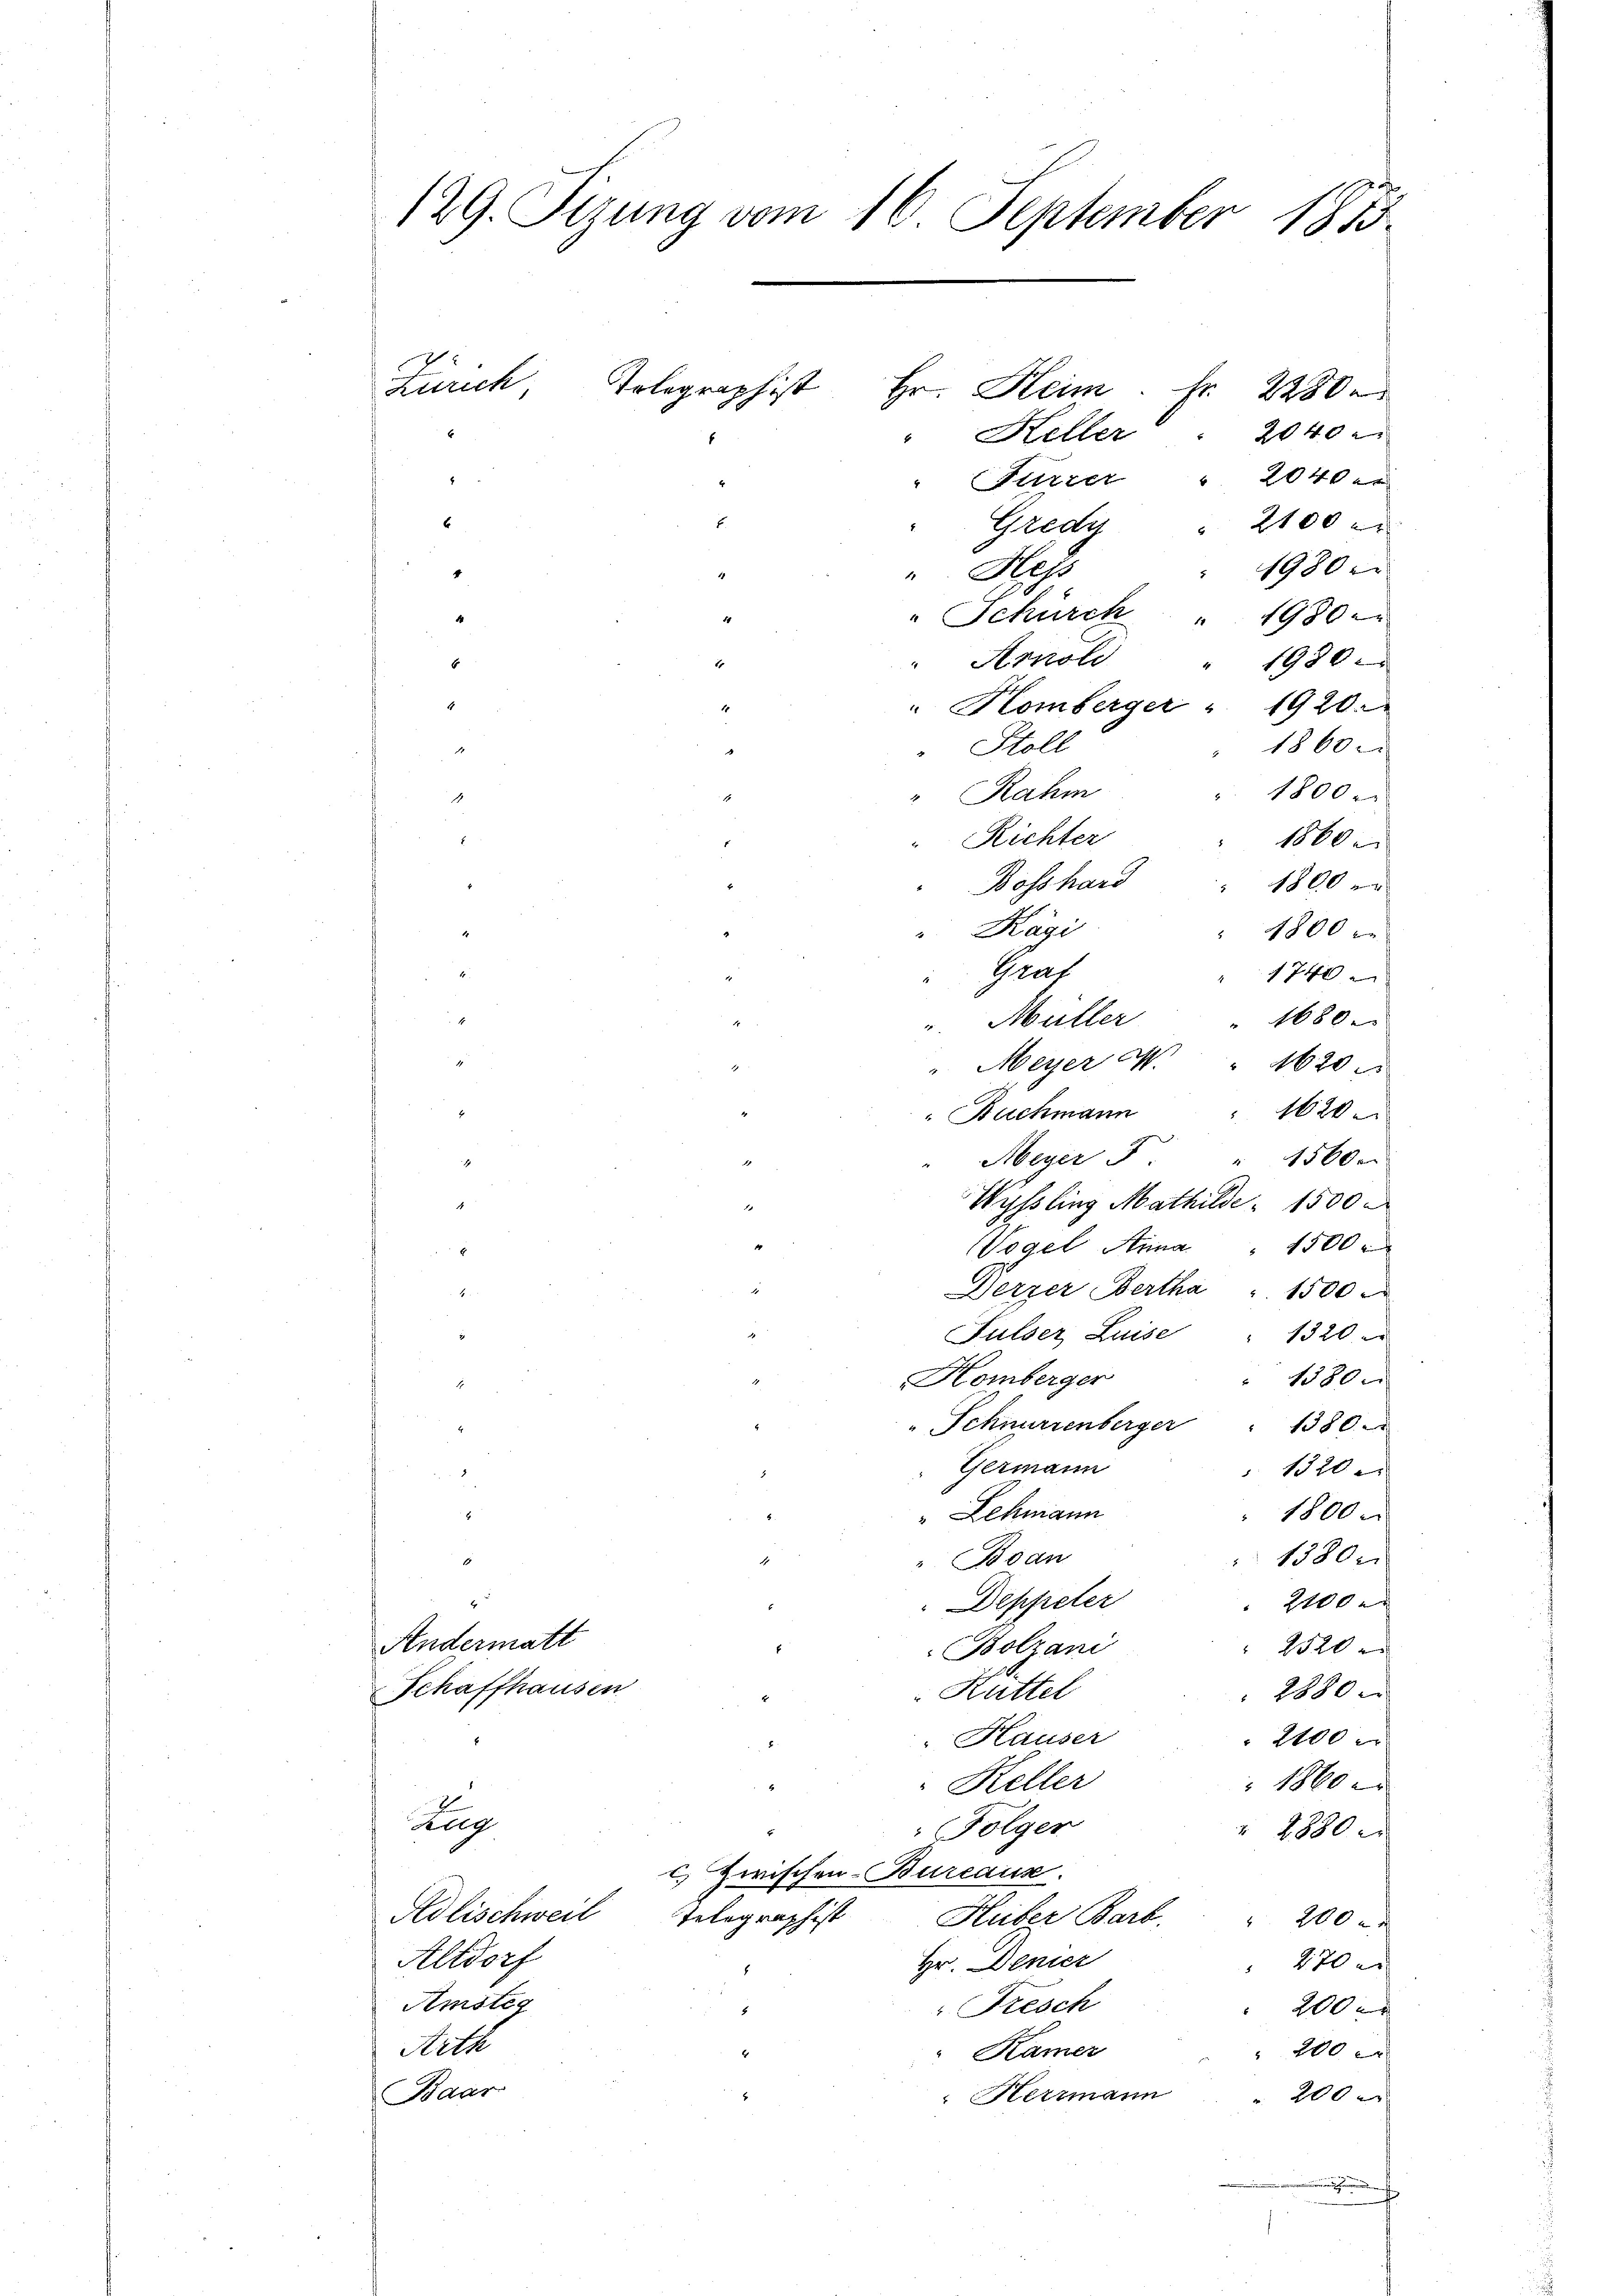
129. Sizung vom 16. September 1873.

Telegraphist Hr. Heim. Fr. 2280
2040 x
Heller
Fürzer " 2040 er
Gredy " 2100 r
1980
" Hess
" Schürck " 1980
" Arnold
1980
" Homberger " 1920.
1860.
Stoll
Rahm
1800.
Richter
1860
Bosshard
1800
Kägi
1800
Graf
1740
F
" 1680.
v. Müller
" Meyer C.
1620
1
"Buchmann " 1620
Meyer J
1560.
e
Wyssling Mathilde 1500
.
100
Vogel Anna

Derzer Bertha " 1500
Fulser Luise
i
1520
180
Homberger
.
Schnurrenberger
1380
Germann
 1320

" Lehmann
1800.
1580.
" Boan
4
Deppreter
2100 r
Andermatt
2520
Bolzani
Schaffhausen
Rüttel
28800
2100
Hauser
 1860
Keller
I
Geleg
Folger
2880
l. Zwischen-Bureaux.
Adlischweil Telegraphist Huber Barb. " 200
Altdorf
Hr. Denier
270 x
Amsteg
Fresch
200
Arth
 200 x
" Kamer
Baar
" Hermann . . 200
d

Zürich